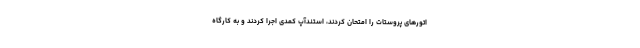
اتورهای پروستات را امتحان کردند، استندآپ کمدی اجرا کردند و به کارگاه